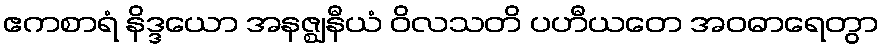
ဧကစာရံ နိဒ္ဒယော အနဇ္ဈနီယံ ဝိလသတိ ပဟီယတေ အဝဓာရေတွာ